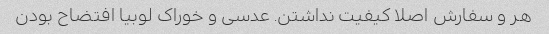
هر و سفارش اصلا کیفیت نداشتن. عدسی و خوراک لوبیا افتضاح بودن